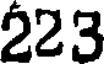
223